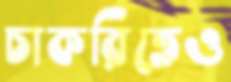
চাকরিতেও